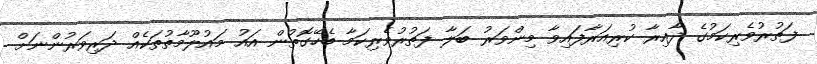
ފަތުރުވެރިކަމުގެ ދާއިރާ ކުރިއަރާފައިވާ މިންވަރު ބަލާ ފަތުރުވެރިކަމާ ބެހޭގޮތުން އައު މައުލޫމާތުތަކެއް ދަރިވަރުންނަށް